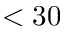
< 3 0